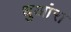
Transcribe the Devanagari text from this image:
धुआंरा